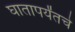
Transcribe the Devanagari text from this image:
घातापर्यंतचे